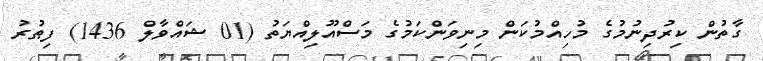
ގާތުން ކިރުދިނުމުގެ މުހިއްމުކަން މިނިވަންކަމުގެ މަސްއޫލިއްޔަތު (01 ޝައްވާލް 1436) ފިޠުރު